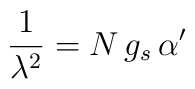
\frac{1}{\lambda^{2}}=N\,g_s\,\alpha'